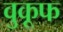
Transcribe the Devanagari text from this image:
वुकूफ